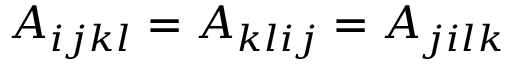
A _ { i j k l } = A _ { k l i j } = A _ { j i l k }